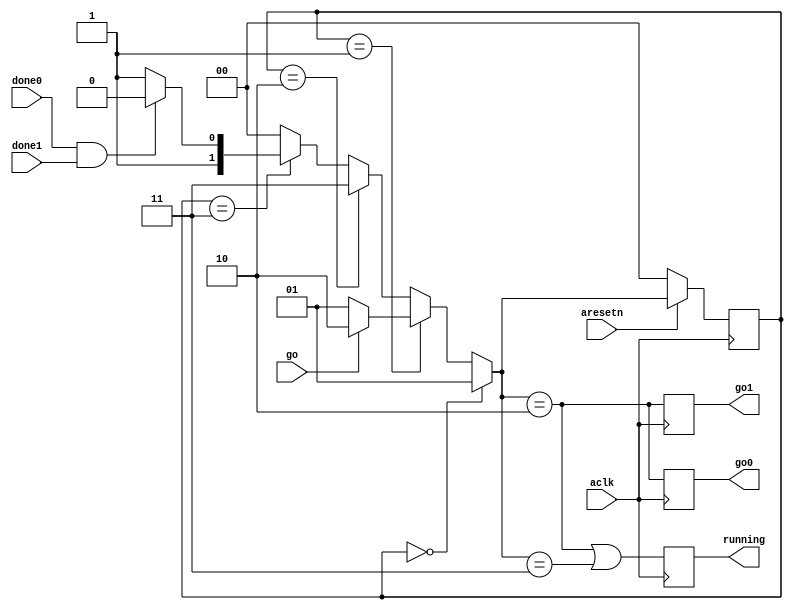
`timescale 1ns / 1ps
//////////////////////////////////////////////////////////////////////////////////
// Company: 
// Engineer: 
// 
// Design Name: 
// Module Name: comperator_axi_ip_v1_0_simple_controller
// Project Name: 
// Target Devices: 
// Tool Versions: 
// Description: 
// 
// Dependencies: 
// 
// Revision:
// Revision 0.01 - File Created
// Additional Comments:
// 
//////////////////////////////////////////////////////////////////////////////////


module comperator_axi_ip_v1_0_simple_controller
(
    aclk,
    aresetn,
    go,
    go0,
    go1,
    done0,
    done1,
    running
);
    input wire aclk;
    input wire aresetn;
    input wire go;
    output reg go0;
    output reg go1;
    input wire done0;
    input wire done1;
    output reg running;
    
    localparam STATE_RESET = 2'd0;
    localparam STATE_INIT  = 2'd1;
    localparam STATE_GO    = 2'd2;
    localparam STATE_WAIT  = 2'd3;
    
    reg [1:0] state;
	reg [1:0] Nstate;
    
    initial
    begin
        state = STATE_RESET;
		Nstate = STATE_RESET;
    end
    
    always @(*)
    begin
		if (state == STATE_RESET)
		begin
			Nstate = STATE_INIT;
		end
        else if (state == STATE_INIT)
        begin
            if (go == 1'b1)
                Nstate = STATE_GO;
            else
                Nstate = STATE_INIT;
        end
		else if (state == STATE_GO)
		begin
			Nstate = STATE_WAIT;
		end
		else if (state == STATE_WAIT)
		begin
			if (done0 == 1'b1 && done1 == 1'b1)
				Nstate = STATE_GO;
            else
                Nstate = STATE_WAIT;
		end
		else
		begin
			Nstate = STATE_RESET;
		end 
    end
	
	always@(posedge aclk) begin
		if (aresetn == 1'b0)
            state <= STATE_RESET;
		else
			state <= Nstate;
			
	    go0 <= (Nstate == STATE_GO);
        go1 <= (Nstate == STATE_GO);
        running <= (Nstate == STATE_GO || Nstate == STATE_WAIT);
	end
	

endmodule